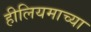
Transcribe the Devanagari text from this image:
हीलियमाच्या